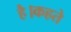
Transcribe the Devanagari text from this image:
है।कहते